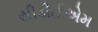
સીડીઈએમ